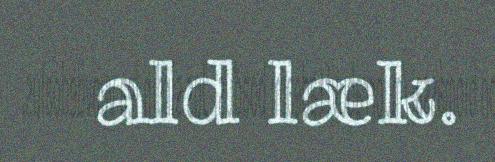
ald læk.